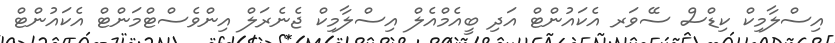
އިސްލާމިކް ކިޑްސް ސޭވަރ އެކައުންޓް އަދި ބީއެމްއެލް އިސްލާމިކް ޖެނެރަލް އިންވެސްޓްމަންޓް އެކައުންޓް